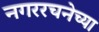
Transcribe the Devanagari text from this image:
नगररचनेच्या